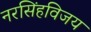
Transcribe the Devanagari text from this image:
नरसिंहविजय